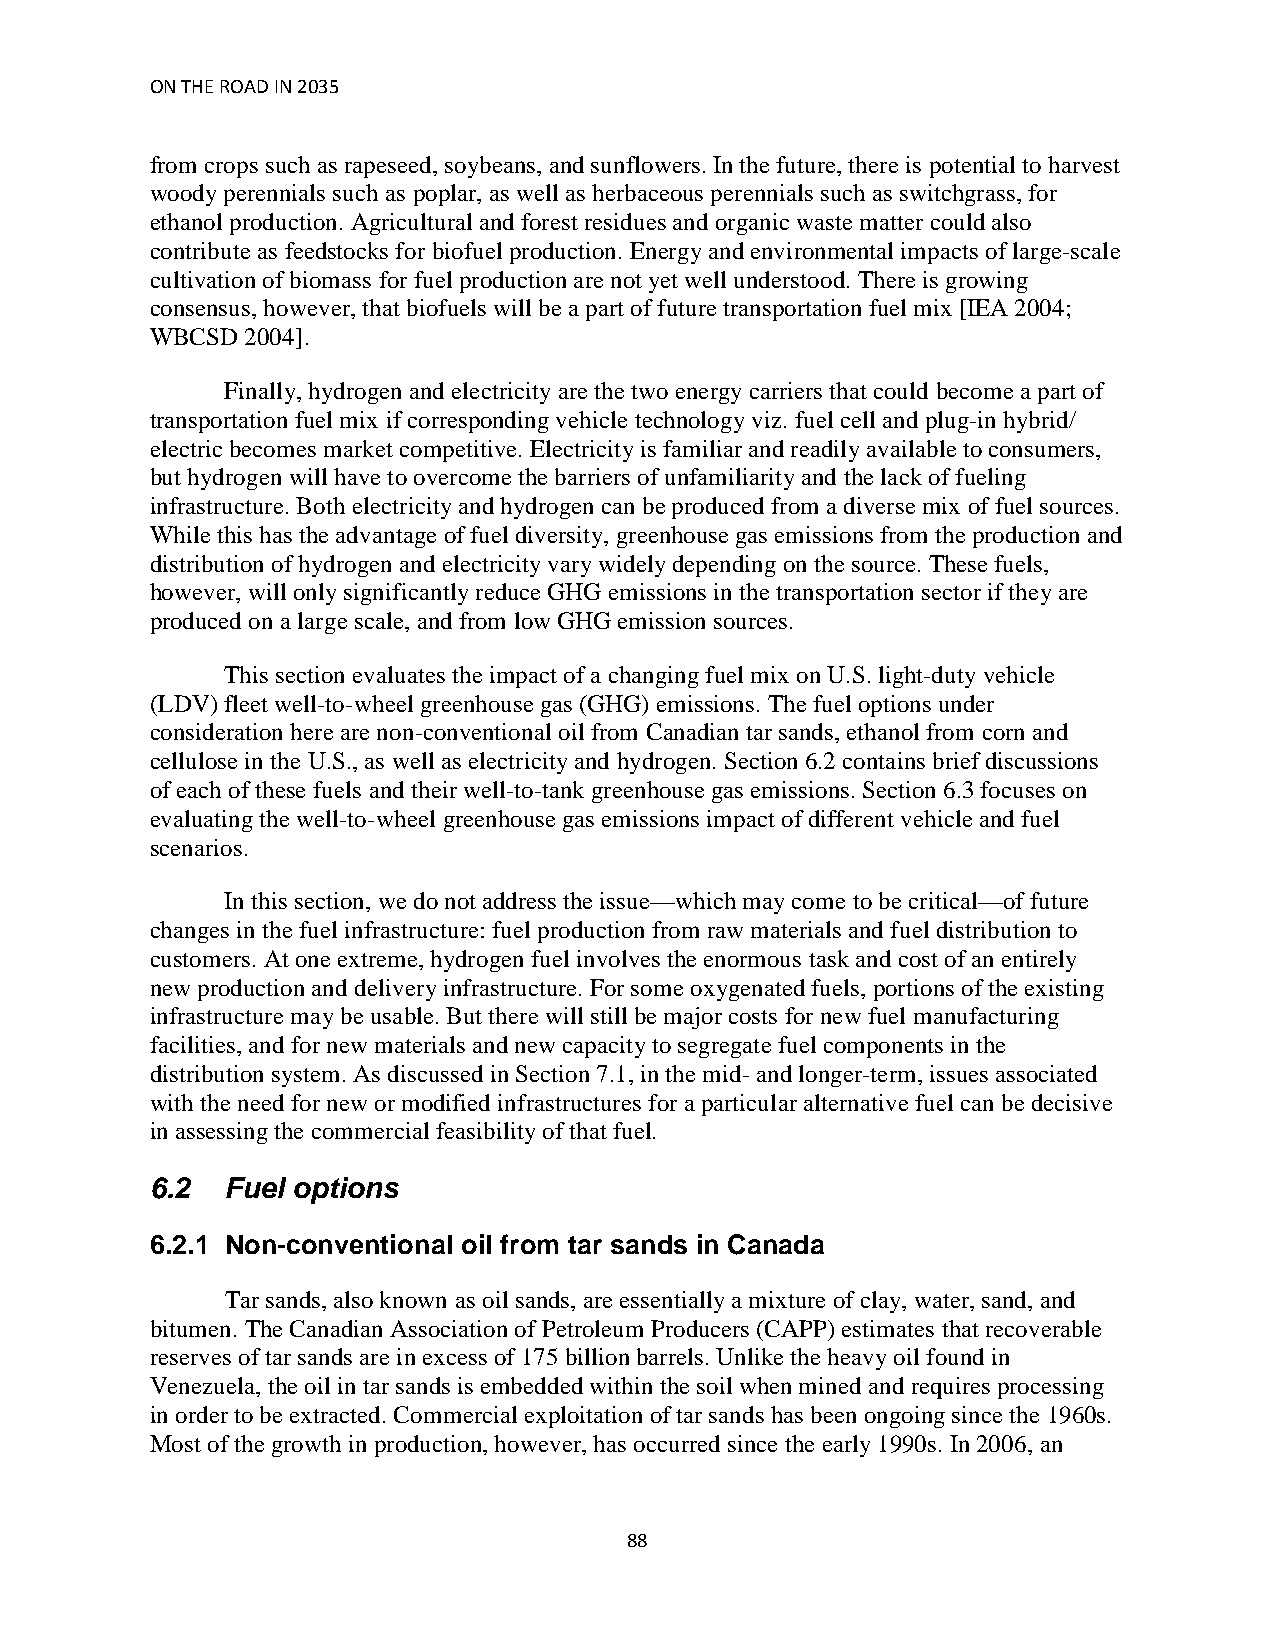
ON THE ROAD IN 2035
 from crops such as rapeseed, soybeans, and sunflowers. In the future, there is potential to harvest
 woody perennials such as poplar, as well as herbaceous perennials such as switchgrass, for
 ethanol production. Agricultural and forest residues and organic waste matter could also
 contribute as feedstocks for biofuel production. Energy and environmental impacts of large-scale
 cultivation of biomass for fuel production are not yet well understood. There is growing
 consensus, however, that biofuels will be a part of future transportation fuel mix [IEA 2004;
 WBCSD 2004].
 Finally, hydrogen and electricity are the two energy carriers that could become a part of
 transportation fuel mix if corresponding vehicle technology viz. fuel cell and plug-in hybrid/
 electric becomes market competitive. Electricity is familiar and readily available to consumers,
 but hydrogen will have to overcome the barriers of unfamiliarity and the lack of fueling
 infrastructure. Both electricity and hydrogen can be produced from a diverse mix of fuel sources.
 While this has the advantage of fuel diversity, greenhouse gas emissions from the production and
 distribution of hydrogen and electricity vary widely depending on the source. These fuels,
 however, will only significantly reduce GHG emissions in the transportation sector if they are
 produced on a large scale, and from low GHG emission sources.
 This section evaluates the impact of a changing fuel mix on U.S. light-duty vehicle
 (LDV) fleet well-to-wheel greenhouse gas (GHG) emissions. The fuel options under
 consideration here are non-conventional oil from Canadian tar sands, ethanol from corn and
 cellulose in the U.S., as well as electricity and hydrogen. Section 6.2 contains brief discussions
 of each of these fuels and their well-to-tank greenhouse gas emissions. Section 6.3 focuses on
 evaluating the well-to-wheel greenhouse gas emissions impact of different vehicle and fuel
 scenarios.
 In this section, we do not address the issue—which may come to be critical—of future
 changes in the fuel infrastructure: fuel production from raw materials and fuel distribution to
 customers. At one extreme, hydrogen fuel involves the enormous task and cost of an entirely
 new production and delivery infrastructure. For some oxygenated fuels, portions of the existing
 infrastructure may be usable. But there will still be major costs for new fuel manufacturing
 facilities, and for new materials and new capacity to segregate fuel components in the
 distribution system. As discussed in Section 7.1, in the mid- and longer-term, issues associated
 with the need for new or modified infrastructures for a particular alternative fuel can be decisive
 in assessing the commercial feasibility of that fuel.
 6.2  Fuel options
 6.2.1 Non-conventional oil from tar sands in Canada
 Tar sands, also known as oil sands, are essentially a mixture of clay, water, sand, and
 bitumen. The Canadian Association of Petroleum Producers (CAPP) estimates that recoverable
 reserves of tar sands are in excess of 175 billion barrels. Unlike the heavy oil found in
 Venezuela, the oil in tar sands is embedded within the soil when mined and requires processing
 in order to be extracted. Commercial exploitation of tar sands has been ongoing since the 1960s.
 Most of the growth in production, however, has occurred since the early 1990s. In 2006, an
 88